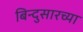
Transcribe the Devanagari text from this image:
बिन्दुसारच्या